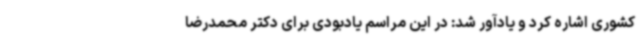
کشوری اشاره کرد و یادآور شد: در این مراسم یادبودی برای دکتر محمدرضا